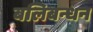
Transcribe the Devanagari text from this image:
बलिबन्धन